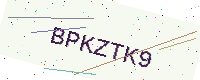
Text: BPKZTK9